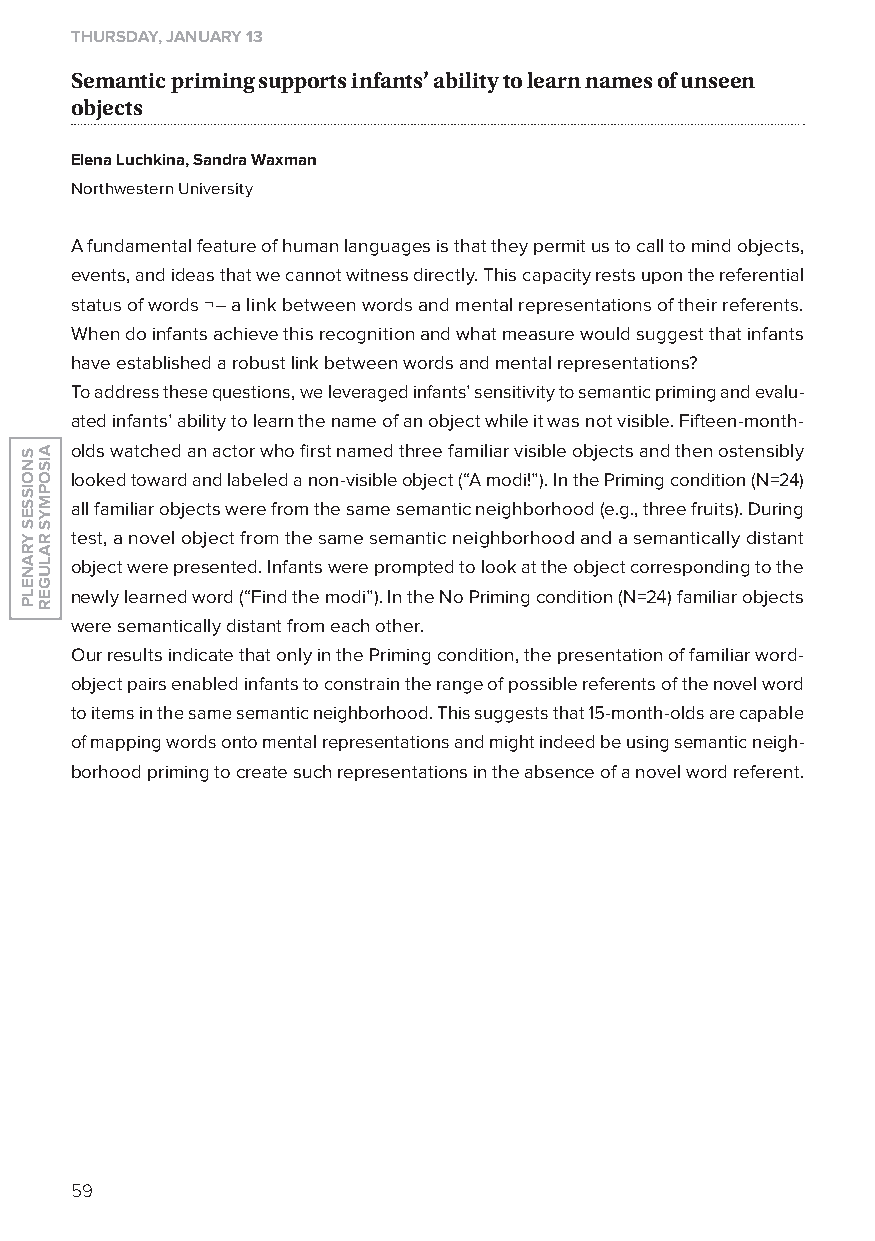
THurSdAy, JAnuAry 13
 semantic priming supports infants’ ability to learn names of unseen
 objects
 Elena Luchkina, Sandra Waxman
 Northwestern University
 A fundamental feature of human languages is that they permit us to call to mind objects,
 events, and ideas that we cannot witness directly. This capacity rests upon the referential
 status of words ¬– a link between words and mental representations of their referents.
 When do infants achieve this recognition and what measure would suggest that infants
 have established a robust link between words and mental representations?
 To address these questions, we leveraged infants’ sensitivity to semantic priming and evalu-
 ated infants’ ability to learn the name of an object while it was not visible. Fifteen-month-
 olds watched an actor who first named three familiar visible objects and then ostensibly
 looked toward and labeled a non-visible object (“A modi!”). In the Priming condition (N=24)
 all familiar objects were from the same semantic neighborhood (e.g., three fruits). During
 test, a novel object from the same semantic neighborhood and a semantically distant
 object were presented. Infants were prompted to look at the object corresponding to the
 newly learned word (“Find the modi”). In the No Priming condition (N=24) familiar objects
 were semantically distant from each other.
 our results indicate that only in the Priming condition, the presentation of familiar word-
 object pairs enabled infants to constrain the range of possible referents of the novel word
 to items in the same semantic neighborhood. This suggests that 15-month-olds are capable
 of mapping words onto mental representations and might indeed be using semantic neigh-
 borhood priming to create such representations in the absence of a novel word referent.
 59
 SnoiSSeS
 yranelP
 aiSoPMyS
 ralUGer